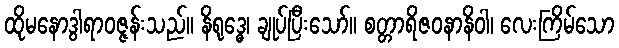
ထိုမနောဒွါရာဝဇ္ဇန်းသည်။ နိရုဒ္ဓေ၊ ချုပ်ပြီးသော်။ စတ္တာရိဇဝနာနိဝါ၊ လေးကြိမ်သော